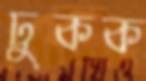
ঢুকক